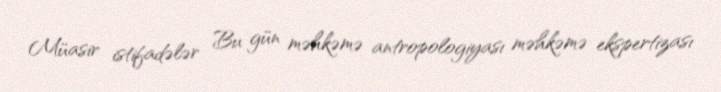
Müasir istifadələr Bu gün məhkəmə antropologiyası məhkəmə ekspertizası